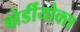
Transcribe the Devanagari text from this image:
बोर्डीयोक्स